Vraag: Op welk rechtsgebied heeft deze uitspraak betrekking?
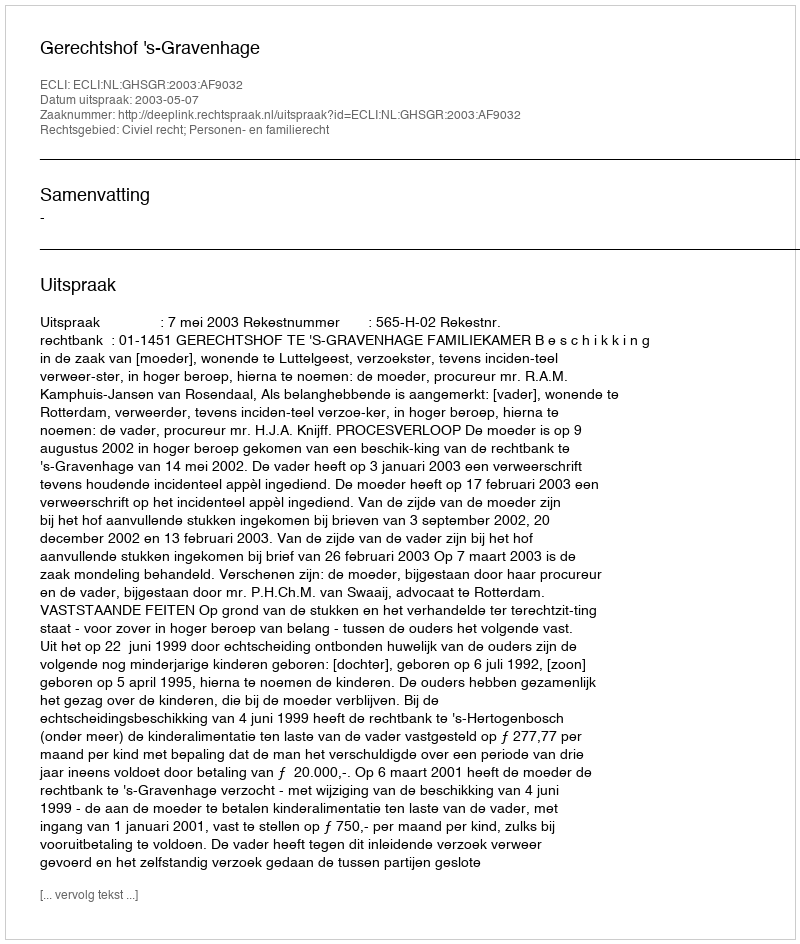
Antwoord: Civiel recht; Personen- en familierecht